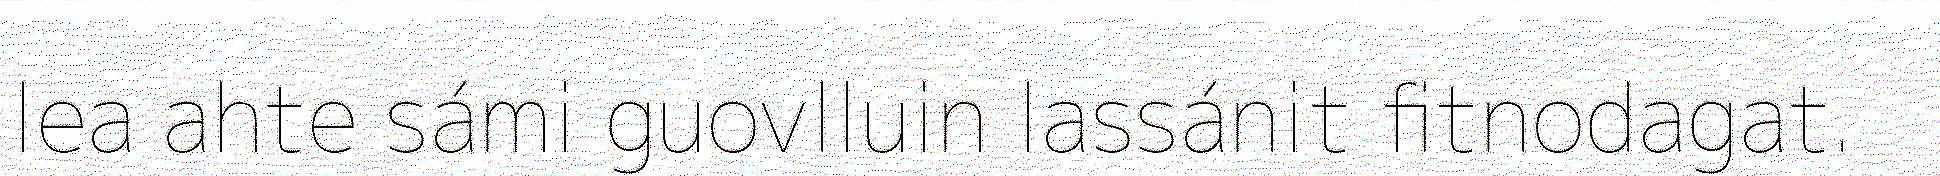
lea ahte sámi guovlluin lassánit fitnodagat.